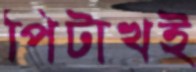
পিটাখই